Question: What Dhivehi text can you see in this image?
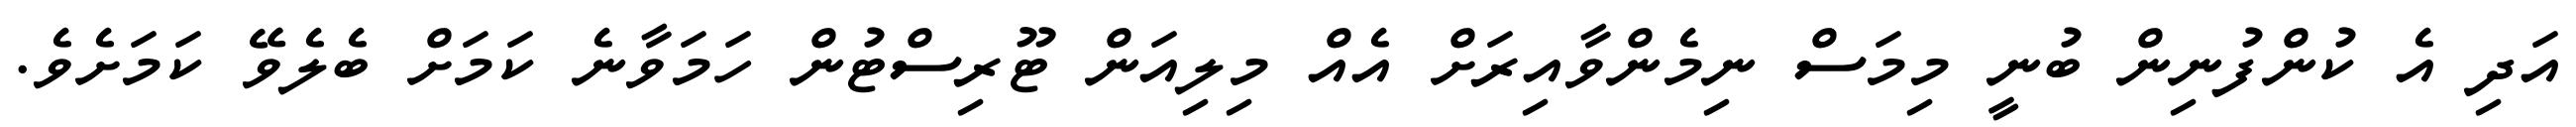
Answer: އަދި އެ ކުންފުނިން ބުނީ މިމަސް ނިމެންވާއިރަށް އެއް މިލިއަން ޓޫރިސްޓުން ހަމަވާނެ ކަމަށް ބެލެވޭ ކަމަށެވެ.